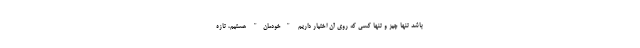
باشد تنها چیز و تنها کسی که روی آن اختیار داریم "خودمان" هستیم، تازه